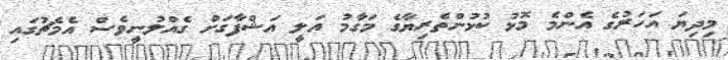
މިދިޔަ އަހަރުގެ އެންމެ މޮޅު ކުޅުންތެރިޔާގެ މަގާމު އަލީ އަޝްފާގަށް ގެއްލުނީވެސް އެމެޗުގައި